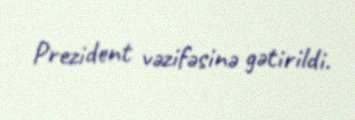
Prezident vəzifəsinə gətirildi.